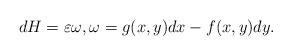
LaTeX: \begin{align*}dH=\varepsilon\omega,\omega=g(x,y)dx-f(x,y)dy.\end{align*}